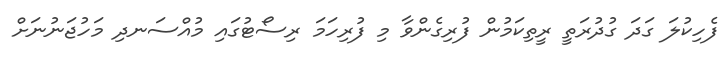
ފެހިކުލަ ގަދަ ގުދުރަތީ ރީތިކަމުން ފުރިގެންވާ މި ފުރިހަމަ ރިސޯޓުގައި މުއްސަނދި މަހުޖަނުނަށް